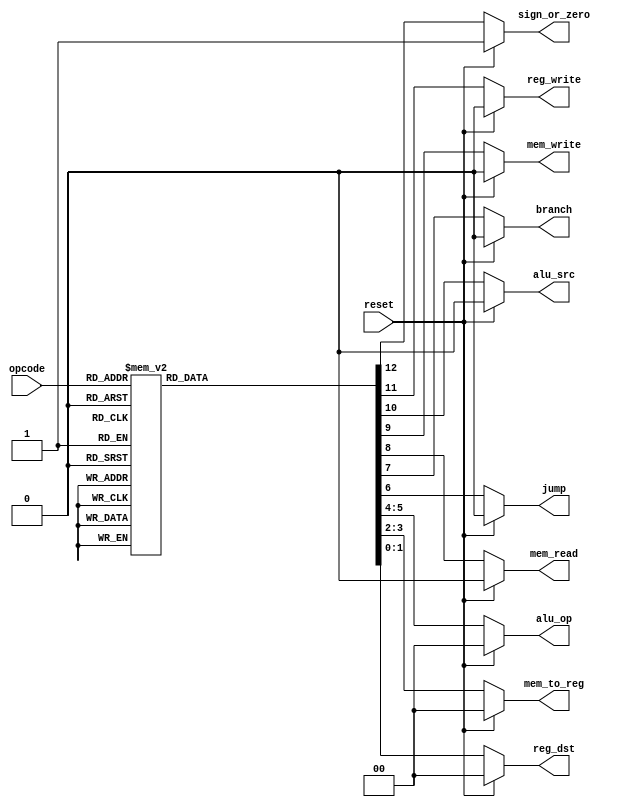

// Submodule: Control Unit in Verilog 
 module control( input[2:0] opcode,  
                           input reset,  
                           output reg[1:0] reg_dst,mem_to_reg,alu_op,  
                           output reg jump,branch,mem_read,mem_write,alu_src,reg_write,sign_or_zero                      
   );  
 always @(*)  
 begin  
      if(reset == 1'b1) begin  
                reg_dst = 2'b00;  
                mem_to_reg = 2'b00;  
                alu_op = 2'b00;  
                jump = 1'b0;  
                branch = 1'b0;  
                mem_read = 1'b0;  
                mem_write = 1'b0;  
                alu_src = 1'b0;  
                reg_write = 1'b0;  
                sign_or_zero = 1'b1;  
      end  
      else begin  
      case(opcode)   
      3'b000: begin // add  
                reg_dst = 2'b01;  
                mem_to_reg = 2'b00;  
                alu_op = 2'b00;  
                jump = 1'b0;  
                branch = 1'b0;  
                mem_read = 1'b0;  
                mem_write = 1'b0;  
                alu_src = 1'b0;  
                reg_write = 1'b1;  
                sign_or_zero = 1'b1;  
                end  
      3'b001: begin // sli  
                reg_dst = 2'b00;  
                mem_to_reg = 2'b00;  
                alu_op = 2'b10;  
                jump = 1'b0;  
                branch = 1'b0;  
                mem_read = 1'b0;  
                mem_write = 1'b0;  
                alu_src = 1'b1;  
                reg_write = 1'b1;  
                sign_or_zero = 1'b0;  
                end  
      3'b010: begin // j  
                reg_dst = 2'b00;  
                mem_to_reg = 2'b00;  
                alu_op = 2'b00;  
                jump = 1'b1;  
                branch = 1'b0;  
                mem_read = 1'b0;  
                mem_write = 1'b0;  
                alu_src = 1'b0;  
                reg_write = 1'b0;  
                sign_or_zero = 1'b1;  
                end  
      3'b011: begin // jal  
                reg_dst = 2'b10;  
                mem_to_reg = 2'b10;  
                alu_op = 2'b00;  
                jump = 1'b1;  
                branch = 1'b0;  
                mem_read = 1'b0;  
                mem_write = 1'b0;  
                alu_src = 1'b0;  
                reg_write = 1'b1;  
                sign_or_zero = 1'b1;  
                end  
      3'b100: begin // lw  
                reg_dst = 2'b00;  
                mem_to_reg = 2'b01;  
                alu_op = 2'b11;  
                jump = 1'b0;  
                branch = 1'b0;  
                mem_read = 1'b1;  
                mem_write = 1'b0;  
                alu_src = 1'b1;  
                reg_write = 1'b1;  
                sign_or_zero = 1'b1;  
                end  
      3'b101: begin // sw  
                reg_dst = 2'b00;  
                mem_to_reg = 2'b00;  
                alu_op = 2'b11;  
                jump = 1'b0;  
                branch = 1'b0;  
                mem_read = 1'b0;  
                mem_write = 1'b1;  
                alu_src = 1'b1;  
                reg_write = 1'b0;  
                sign_or_zero = 1'b1;  
                end  
      3'b110: begin // beq  
                reg_dst = 2'b00;  
                mem_to_reg = 2'b00;  
                alu_op = 2'b01;  
                jump = 1'b0;  
                branch = 1'b1;  
                mem_read = 1'b0;  
                mem_write = 1'b0;  
                alu_src = 1'b0;  
                reg_write = 1'b0;  
                sign_or_zero = 1'b1;  
                end  
      3'b111: begin // addi  
                reg_dst = 2'b00;  
                mem_to_reg = 2'b00;  
                alu_op = 2'b11;  
                jump = 1'b0;  
                branch = 1'b0;  
                mem_read = 1'b0;  
                mem_write = 1'b0;  
                alu_src = 1'b1;  
                reg_write = 1'b1;  
                sign_or_zero = 1'b1;  
                end  
      default: begin  
                reg_dst = 2'b01;  
                mem_to_reg = 2'b00;  
                alu_op = 2'b00;  
                jump = 1'b0;  
                branch = 1'b0;  
                mem_read = 1'b0;  
                mem_write = 1'b0;  
                alu_src = 1'b0;  
                reg_write = 1'b1;  
                sign_or_zero = 1'b1;  
                end  
      endcase  
      end  
 end  
 endmodule